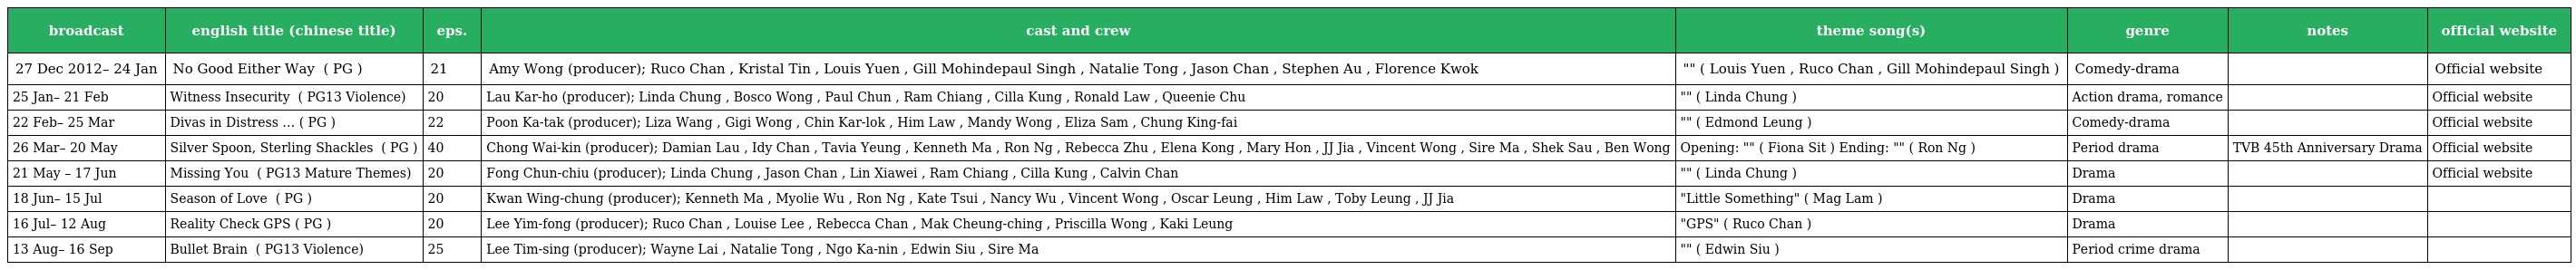
| broadcast | english title (chinese title) | eps. | cast and crew | theme song(s) | genre | notes | official website |
 | --- | --- | --- | --- | --- | --- | --- | --- |
 | 27 Dec 2012– 24 Jan | No Good Either Way 衝呀！瘦薪兵團 ( PG ) | 21 | Amy Wong (producer); Ruco Chan , Kristal Tin , Louis Yuen , Gill Mohindepaul Singh , Natalie Tong , Jason Chan , Stephen Au , Florence Kwok | "瘦薪族" ( Louis Yuen , Ruco Chan , Gill Mohindepaul Singh ) | Comedy-drama |  | Official website |
 | 25 Jan– 21 Feb | Witness Insecurity 護花危情 ( PG13 Violence) | 20 | Lau Kar-ho (producer); Linda Chung , Bosco Wong , Paul Chun , Ram Chiang , Cilla Kung , Ronald Law , Queenie Chu | "最幸福的事" ( Linda Chung ) | Action drama, romance |  | Official website |
 | 22 Feb– 25 Mar | Divas in Distress 巴不得媽媽… ( PG ) | 22 | Poon Ka-tak (producer); Liza Wang , Gigi Wong , Chin Kar-lok , Him Law , Mandy Wong , Eliza Sam , Chung King-fai | "能否愛遇上" ( Edmond Leung ) | Comedy-drama |  | Official website |
 | 26 Mar– 20 May | Silver Spoon, Sterling Shackles 名媛望族 ( PG ) | 40 | Chong Wai-kin (producer); Damian Lau , Idy Chan , Tavia Yeung , Kenneth Ma , Ron Ng , Rebecca Zhu , Elena Kong , Mary Hon , JJ Jia , Vincent Wong , Sire Ma , Shek Sau , Ben Wong | Opening: "此時此刻" ( Fiona Sit ) Ending: "有時" ( Ron Ng ) | Period drama | TVB 45th Anniversary Drama | Official website |
 | 21 May – 17 Jun | Missing You 幸福摩天輪 ( PG13 Mature Themes) | 20 | Fong Chun-chiu (producer); Linda Chung , Jason Chan , Lin Xiawei , Ram Chiang , Cilla Kung , Calvin Chan | "幸福歌" ( Linda Chung ) | Drama |  | Official website |
 | 18 Jun– 15 Jul | Season of Love 戀愛季節 ( PG ) | 20 | Kwan Wing-chung (producer); Kenneth Ma , Myolie Wu , Ron Ng , Kate Tsui , Nancy Wu , Vincent Wong , Oscar Leung , Him Law , Toby Leung , JJ Jia | "Little Something" ( Mag Lam ) | Drama |  |  |
 | 16 Jul– 12 Aug | Reality Check 心路GPS ( PG ) | 20 | Lee Yim-fong (producer); Ruco Chan , Louise Lee , Rebecca Chan , Mak Cheung-ching , Priscilla Wong , Kaki Leung | "心路GPS" ( Ruco Chan ) | Drama |  |  |
 | 13 Aug– 16 Sep | Bullet Brain 神探高倫布 ( PG13 Violence) | 25 | Lee Tim-sing (producer); Wayne Lai , Natalie Tong , Ngo Ka-nin , Edwin Siu , Sire Ma | "我的歷史" ( Edwin Siu ) | Period crime drama |  |  |